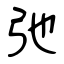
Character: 弛